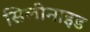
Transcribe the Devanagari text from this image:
सिलीनाइड